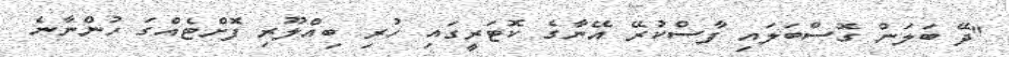
"ދޭ ބަލަން ގޮސްބަލައި ފާސްކުރޭ އޭނާގެ ކޮޓަރީގައި ހުރި ބިއްލޫރި ފޮށްޓެއްގަ ހުންނާނެ